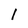
Character: l